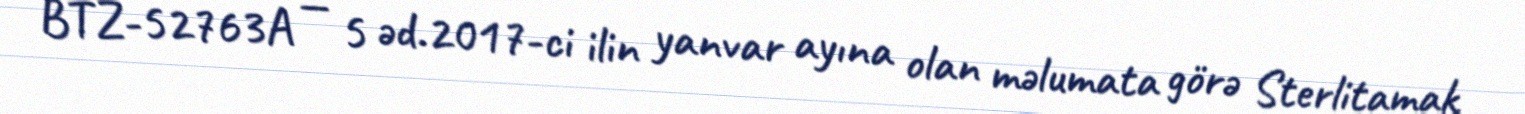
BTZ-52763A — 5 əd.2017-ci ilin yanvar ayına olan məlumata görə Sterlitamak